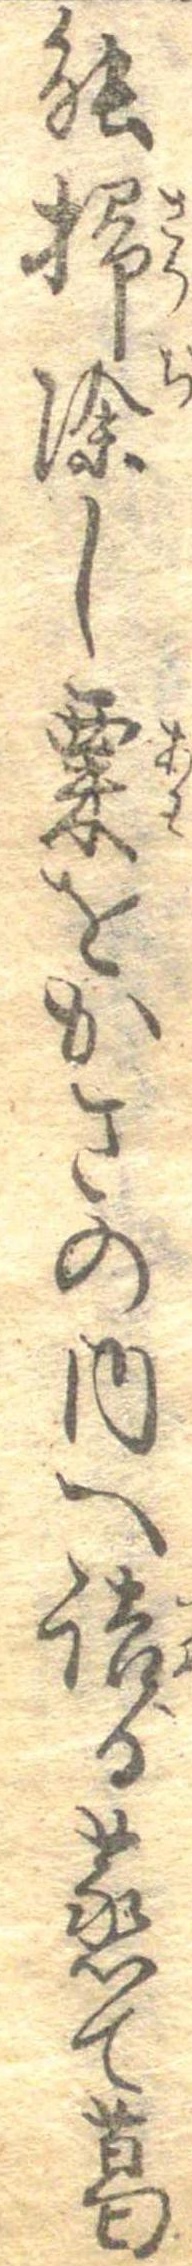
能掃除し粟をかさの内へ詰る蒸て葛